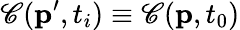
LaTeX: \mathscr{C}(\textbf{{p}}^{\prime},t_{i})\equiv\mathscr{C}(\textbf{{p}},t_{0})